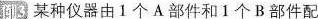
例3 某种仪器由1个A部件和1个B部件配